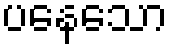
ပနေသော